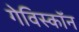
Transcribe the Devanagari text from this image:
गेविस्कॉन